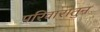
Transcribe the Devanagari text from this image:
परिवारातुन